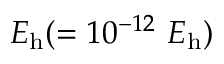
E _ { \mathrm { h } } { } ( = 1 0 ^ { - 1 2 } \ E _ { \mathrm { h } } { } )